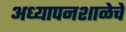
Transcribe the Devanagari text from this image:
अध्यापनशाळेचे